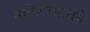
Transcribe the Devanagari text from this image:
माहितीसाधने